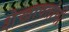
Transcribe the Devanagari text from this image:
शेखावतांची